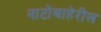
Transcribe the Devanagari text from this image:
नाटोबाहेरील